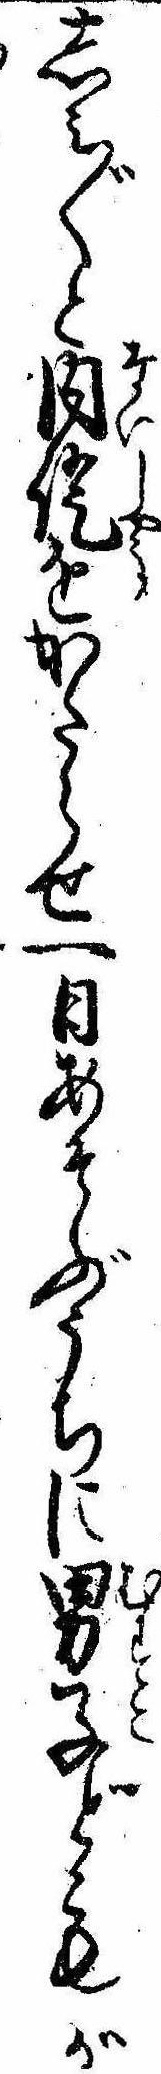
しみ〲と内証をかたらせ一日あそぶうちに男子どもが